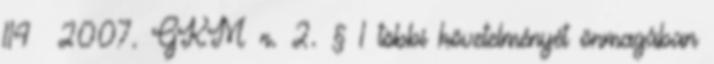
114 2007. GKM r. 2. § 1 többi követelményét önmagában